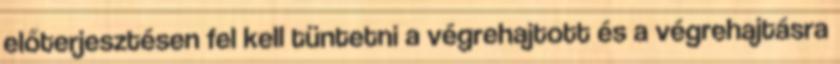
előterjesztésen fel kell tüntetni a végrehajtott és a végrehajtásra